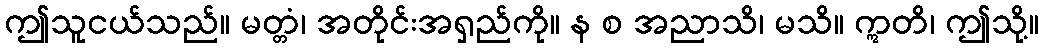
ဤသူငယ်သည်။ မတ္တံ၊ အတိုင်းအရှည်ကို။ န စ အညာသိ၊ မသိ။ ဣတိ၊ ဤသို့။